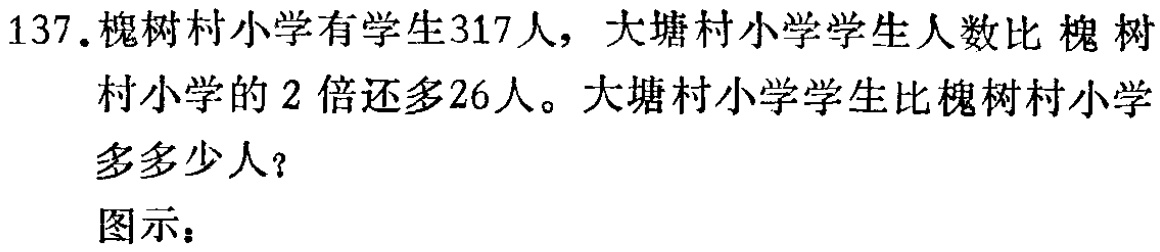
137.槐树村小学有学生317人，大塘村小学学生人数比槐树村小学的2倍还多26人。大塘村小学学生比槐树村小学多多少人？
图示：